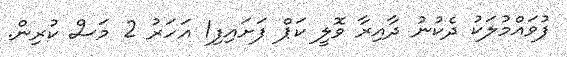
ފުވައްމުލަކު ދެކުނު ދާއިރާ ވޮލީ ކަޕް ފަށައިފި1 އަހަރު 2 މަސް ކުރިން.